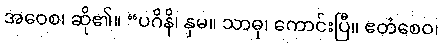
အဝေစ၊ ဆို၏။ “ပဂိနိ၊ နှမ။ သာဓု၊ ကောင်းပြီ။ ဧတံစေဝ၊